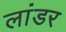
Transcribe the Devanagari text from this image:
लांडर